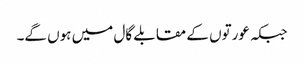
جبکہ عورتوں کے مقابلے گال میں ہوں گے۔